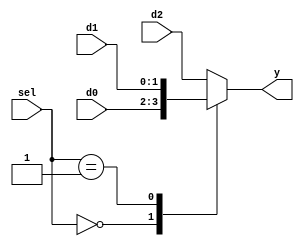
module b2_mux_3_1_correct
(
  input      [1:0] d0, d1, d2,
  input      [1:0] sel,
  output reg [1:0] y
);

  always @ (*)
    case (sel)
      2'b00:   y = d0;
      2'b01:   y = d1;
      default: y = d2;
    endcase
endmodule